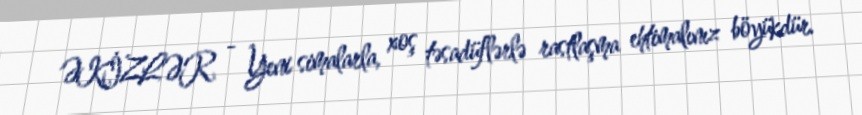
ƏKİZLƏR - Yeni simalarla, xoş təsadüflərlə rastlaşma ehtimalınız böyükdür.